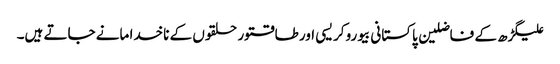
علیگڑھ کے فاضلین پاکستانی بیوروکریسی اور طاقتور حلقوں کے ناخدا مانے جاتے ہیں۔